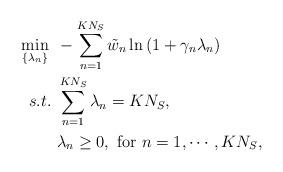
LaTeX: \begin{align*}\begin{aligned}\min_{\{\lambda_n\}}~& -\sum_{n=1}^{KN_S} \tilde{w}_n \ln \left( 1 + \gamma_n \lambda_n \right) \\s.t.~&\sum_{n=1}^{KN_S}\lambda_n = KN_S, \\&\lambda_n \ge 0,~\mathrm{for}~n = 1, \cdots, KN_S,\end{aligned}\end{align*}